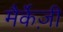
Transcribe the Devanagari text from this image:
मैर्केज़ी